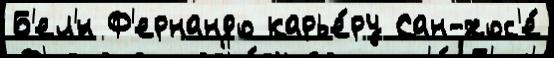
Б'ел'́н Ф'ернандо карье́ру Сан-хос'е́